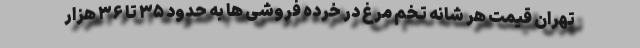
تهران قیمت هر شانه تخم مرغ در خرده فروشی ها به حدود ۳۵ تا ۳۶ هزار